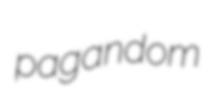
pagandom